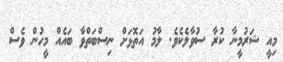
މިއީ ޝަރުމީނާ ކުރާ ސުވާލެކެވެ. ލާމު އަތޮޮޅަށް ނިސްބަތްވާ ބައެއް މީހުން ވެސް